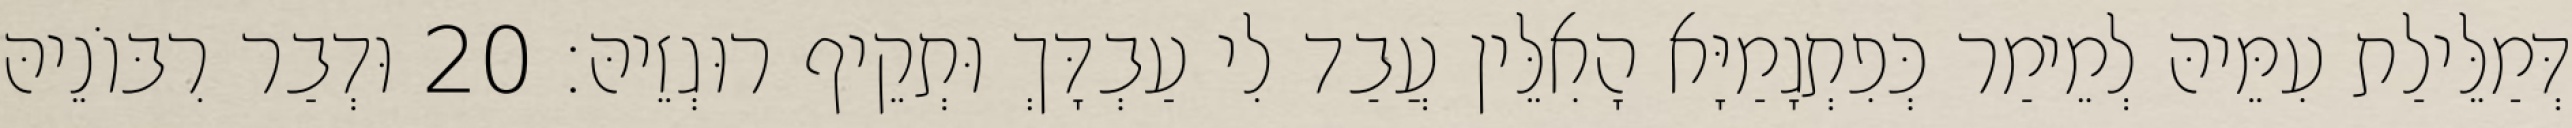
דְּמַלֵּילַת עִמֵּיהּ לְמֵימַר כְּפִתְגָמַיָּא הָאִלֵּין עֲבַד לִי עַבְדָּךְ וּתְקֵיף רוּגְזֵיהּ׃ 20 וּדְבַר רִבּוֹנֵיהּ